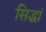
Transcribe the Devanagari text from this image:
सिद्धां